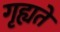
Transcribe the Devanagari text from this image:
गृह्यते